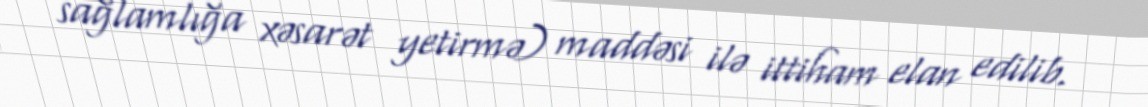
sağlamlığa xəsarət yetirmə) maddəsi ilə ittiham elan edilib.